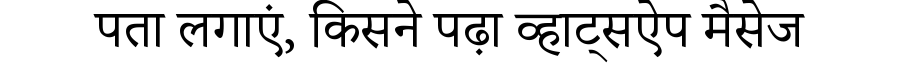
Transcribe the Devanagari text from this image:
पता लगाएं, किसने पढ़ा व्हाट्सऐप मैसेज